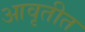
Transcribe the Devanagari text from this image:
आवृतीत